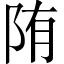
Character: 陏